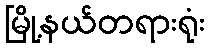
မြို့နယ်တရားရုံး